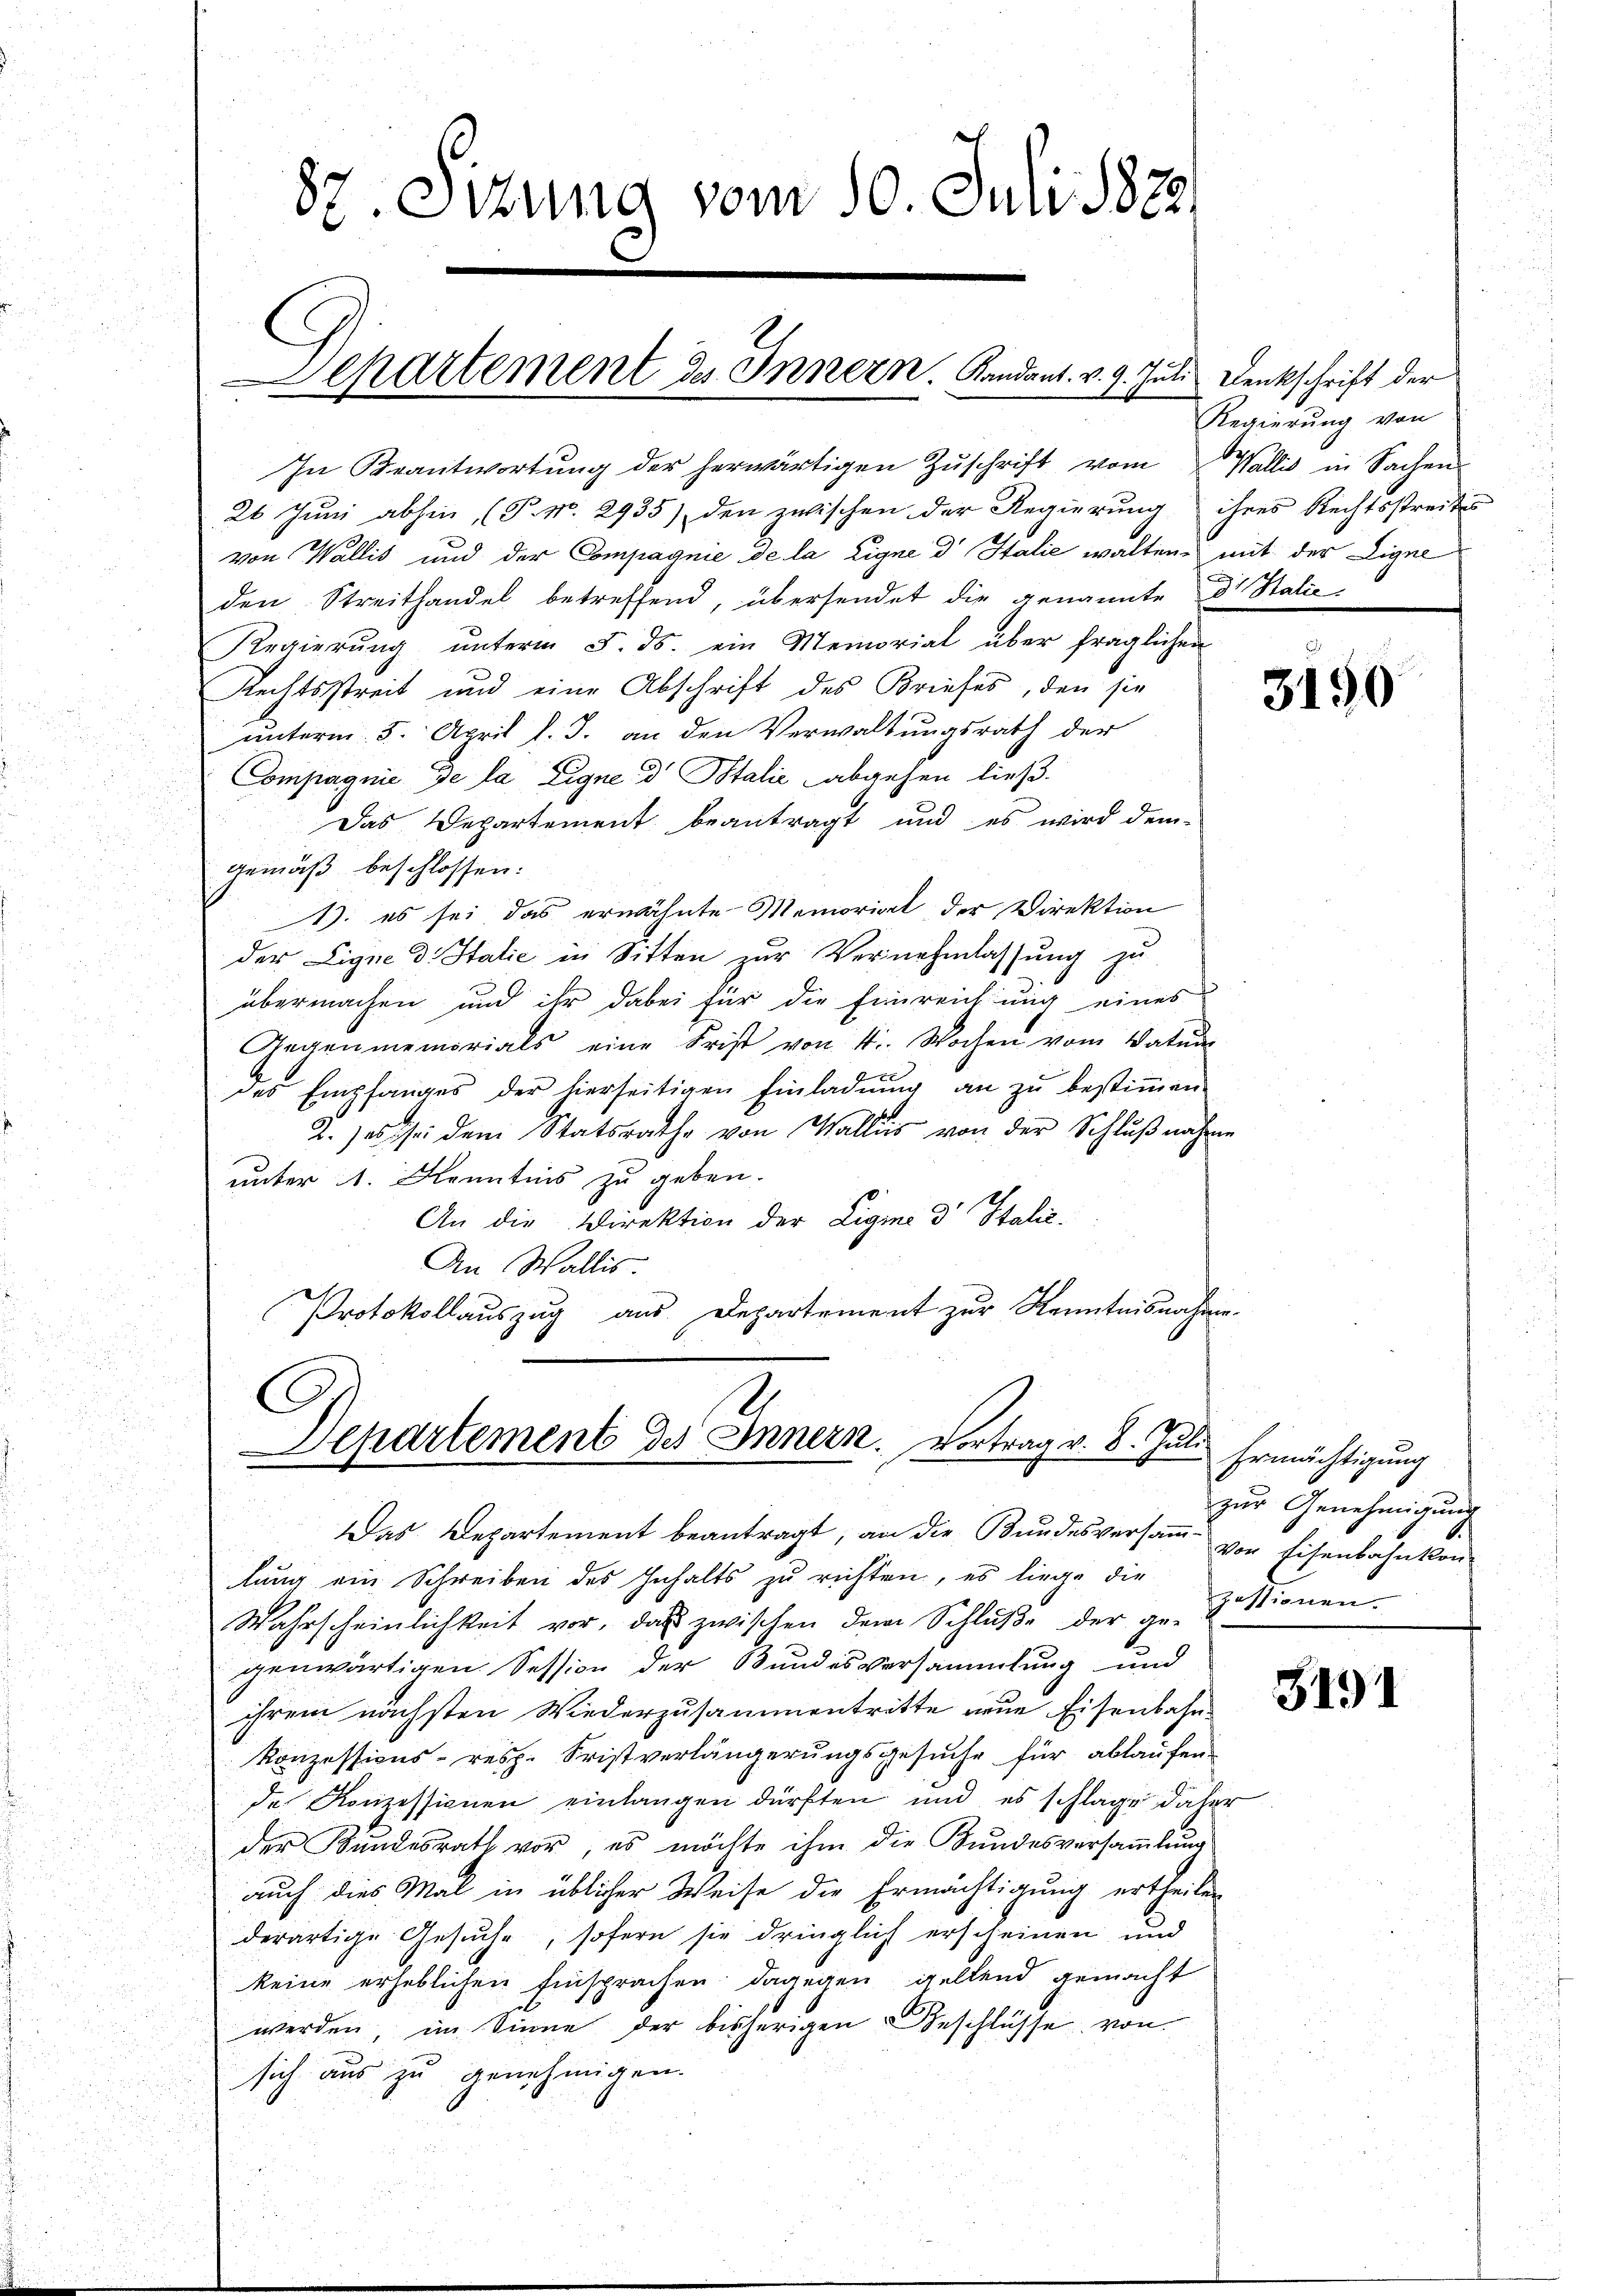
87 Sizung vom 10. Juli 1873.

chartement des Innern. Kandant. v. 9. Juli Denkschrift der

In Beantwortŭng der herwärtigen Zŭschrift vom Wallis in Sachen-
26 Juni abhin (P. No. 2935) den zwischen der Regierung ihres Rechtsstreites
von Wallis und der Compagnie de la Eigne d Italie walten, mit der Eigne
den Streithandel betreffend, übersendet die genannte
Regierŭng ŭnterm 5. ds. ein Memorial über fraglichen
Rechtsstreit und eine Abschrift des Briefes, den sie
unterm 5. April l. J. an den Verwaltungsrath der
Compagnie de la ligne dr Italić abgehen ließ.
Das Departement beantragt und es wird dem-
gemäß beschlossen:
1): es sei das erwähnte Memoriat der Direktion
der Ligne d. Statie in Sitten zur Vernehmlassung zu
übermachen und ihr dabei für die Einreichung eines
Gegenmemorials eine Frist von 4 Wochen vom Vaters
des Empfanges der hierseitigen Einladŭng an zŭ bestiṁen.
2. es sei dem Statsrathe von Wallis von der Schlŭβnahme
unter 1. Kenntnis zu geben.
An die Direktion der Ligme d Italic¬
An Wallis.
Protokollauszug aus. Departement zur Kenntnisnahme¬

Departement des Innern. Vortrag v. 8. Juli Ermächtigung

Das Departement beantragt, an die Bundesversamm- vor Eisenbahnkon
lung ein Schreiben des Inhalts zu richten, es liege die
Wahrscheinlichkeit vor, das zwischen dem Schlŭβe der ge- & Stirnen-
genwärtigen Session der Bundesversammlung und
ihrem nächsten Wiederzusammentritte neue Eisenbahn¬
Konzessions- resp. Fristverlängerungsgesuche für ablaufen
de Konzessionen einlangen dürften und es schlage daher
der Kundesrath vor, es möchte ihm die Bundesversammlung
auch dies Mal in üblicher Weise die Ermächtigung ertheilen
derartige Gesuche, sofern sie dringlich erscheinen und
keine erheblichen Einsprachen dagegen geltend gemacht
werden, im Sinne der bisherigen Beschlüsse von
sich aus zu genehmigen.

Regierung von
1 Italie

3150

zur Genehmigung

3191